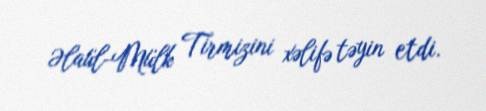
Əlaül-Mülk Tirmizini xəlifə təyin etdi.